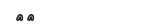
٥٩